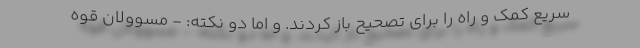
سریع کمک و راه را برای تصحیح باز کردند. و اما دو نکته: - مسوولان قوه